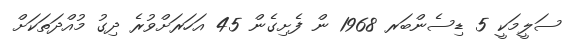
ސަލީމަކީ 5 ޑިސެންބަރ 1968 ން ފެށިގެން 45 އަހަރަށްވުރެ ދިގު މުއްދަތަކަށް